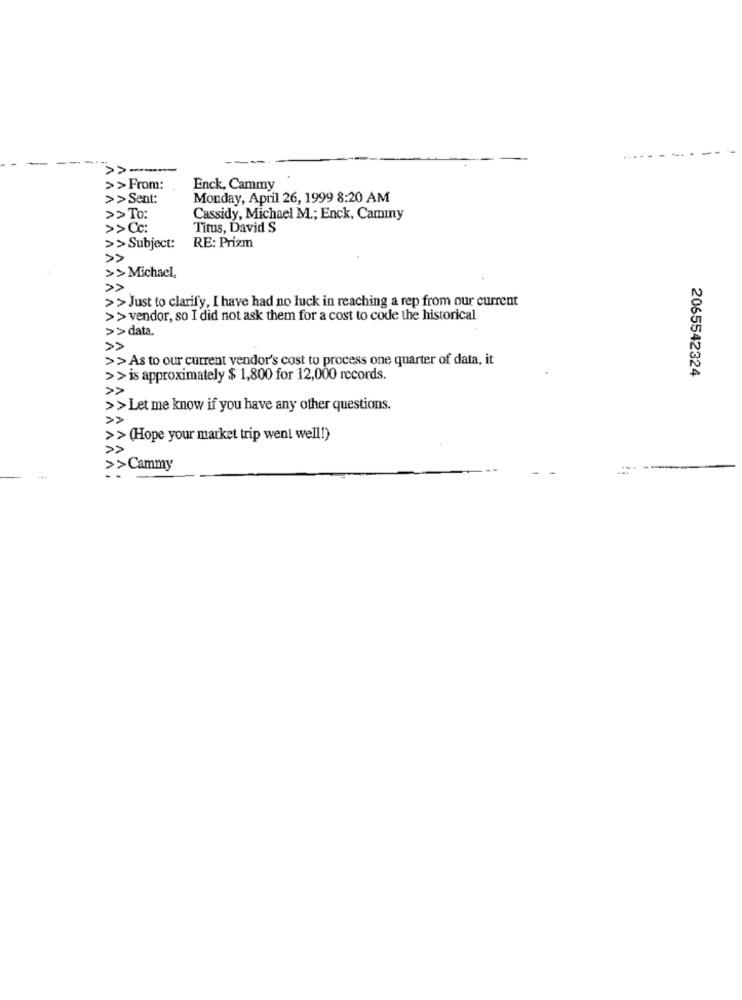
>>From:
Enck, Cammy
>> Sent:
Monday, April 26, 1999 8:20 AM
>>To:
Cassidy, Michael M .; Enck, Cammy
>>Cc:
Titus, David S
RE: Prizm
>> Subject:
>>
>> Michael,
>> Just to clarify, I have had no luck in reaching a rep from our current
>> vendor, so I did not ask them for a cost to code the historical
>> data.
>>As to our current vendor's cost to process one quarter of data, it
2065542324
>> is approximately $ 1,800 for 12,000 records.
>>
>> Let me know if you have any other questions.
>> (Hope your market trip went well!)
>>Cammy